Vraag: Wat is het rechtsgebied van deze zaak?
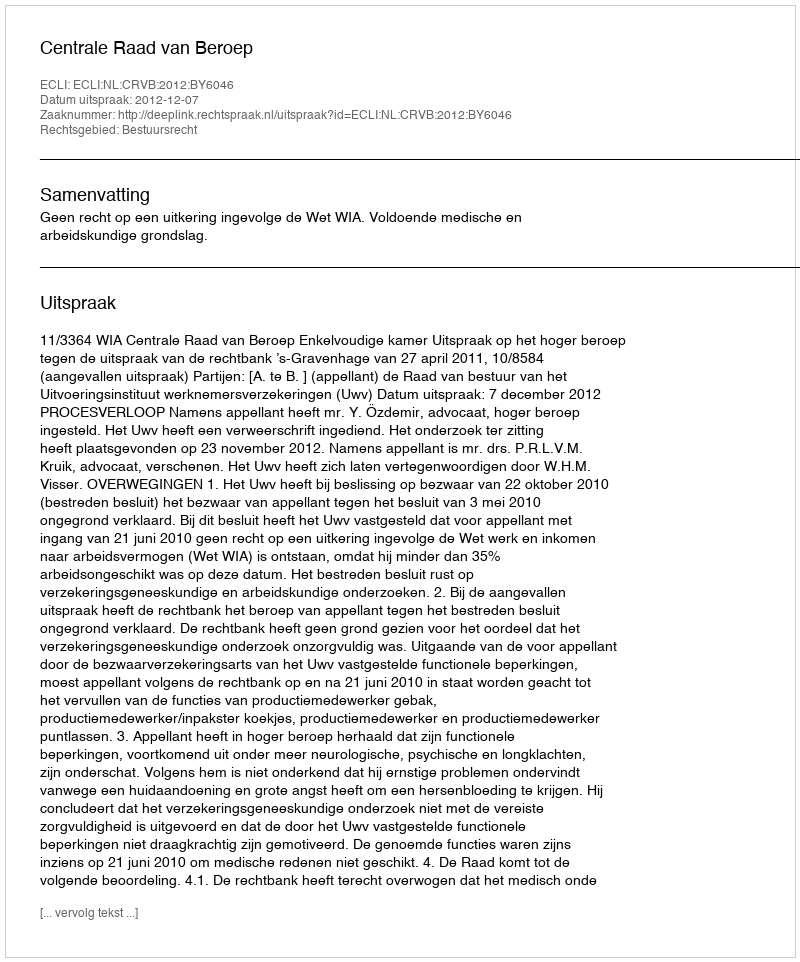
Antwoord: Bestuursrecht